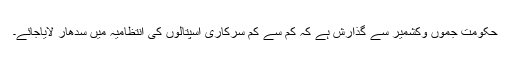
حکومت جموں وکشمیر سے گذارش ہے کہ کم سے کم سرکاری اسپتالوں کی انتظامیہ میں سدھار لایاجائے۔